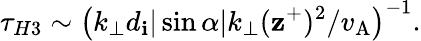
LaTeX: \tau_{H3}\sim\left(k_{\perp}d_{\mathbf{i}}|\sin\alpha|k_{\perp}(\mathbf{z}^{+})^{2}/{v_{\mathrm{{A}}}}\right)^{-1}.